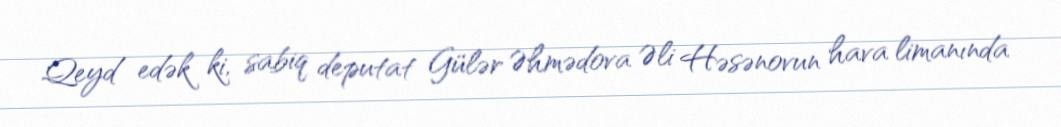
Qeyd edək ki, sabiq deputat Gülər Əhmədova Əli Həsənovun hava limanında